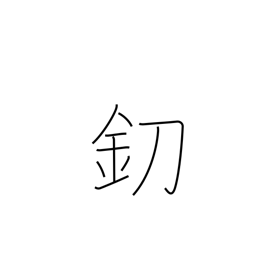
Meaning: knife